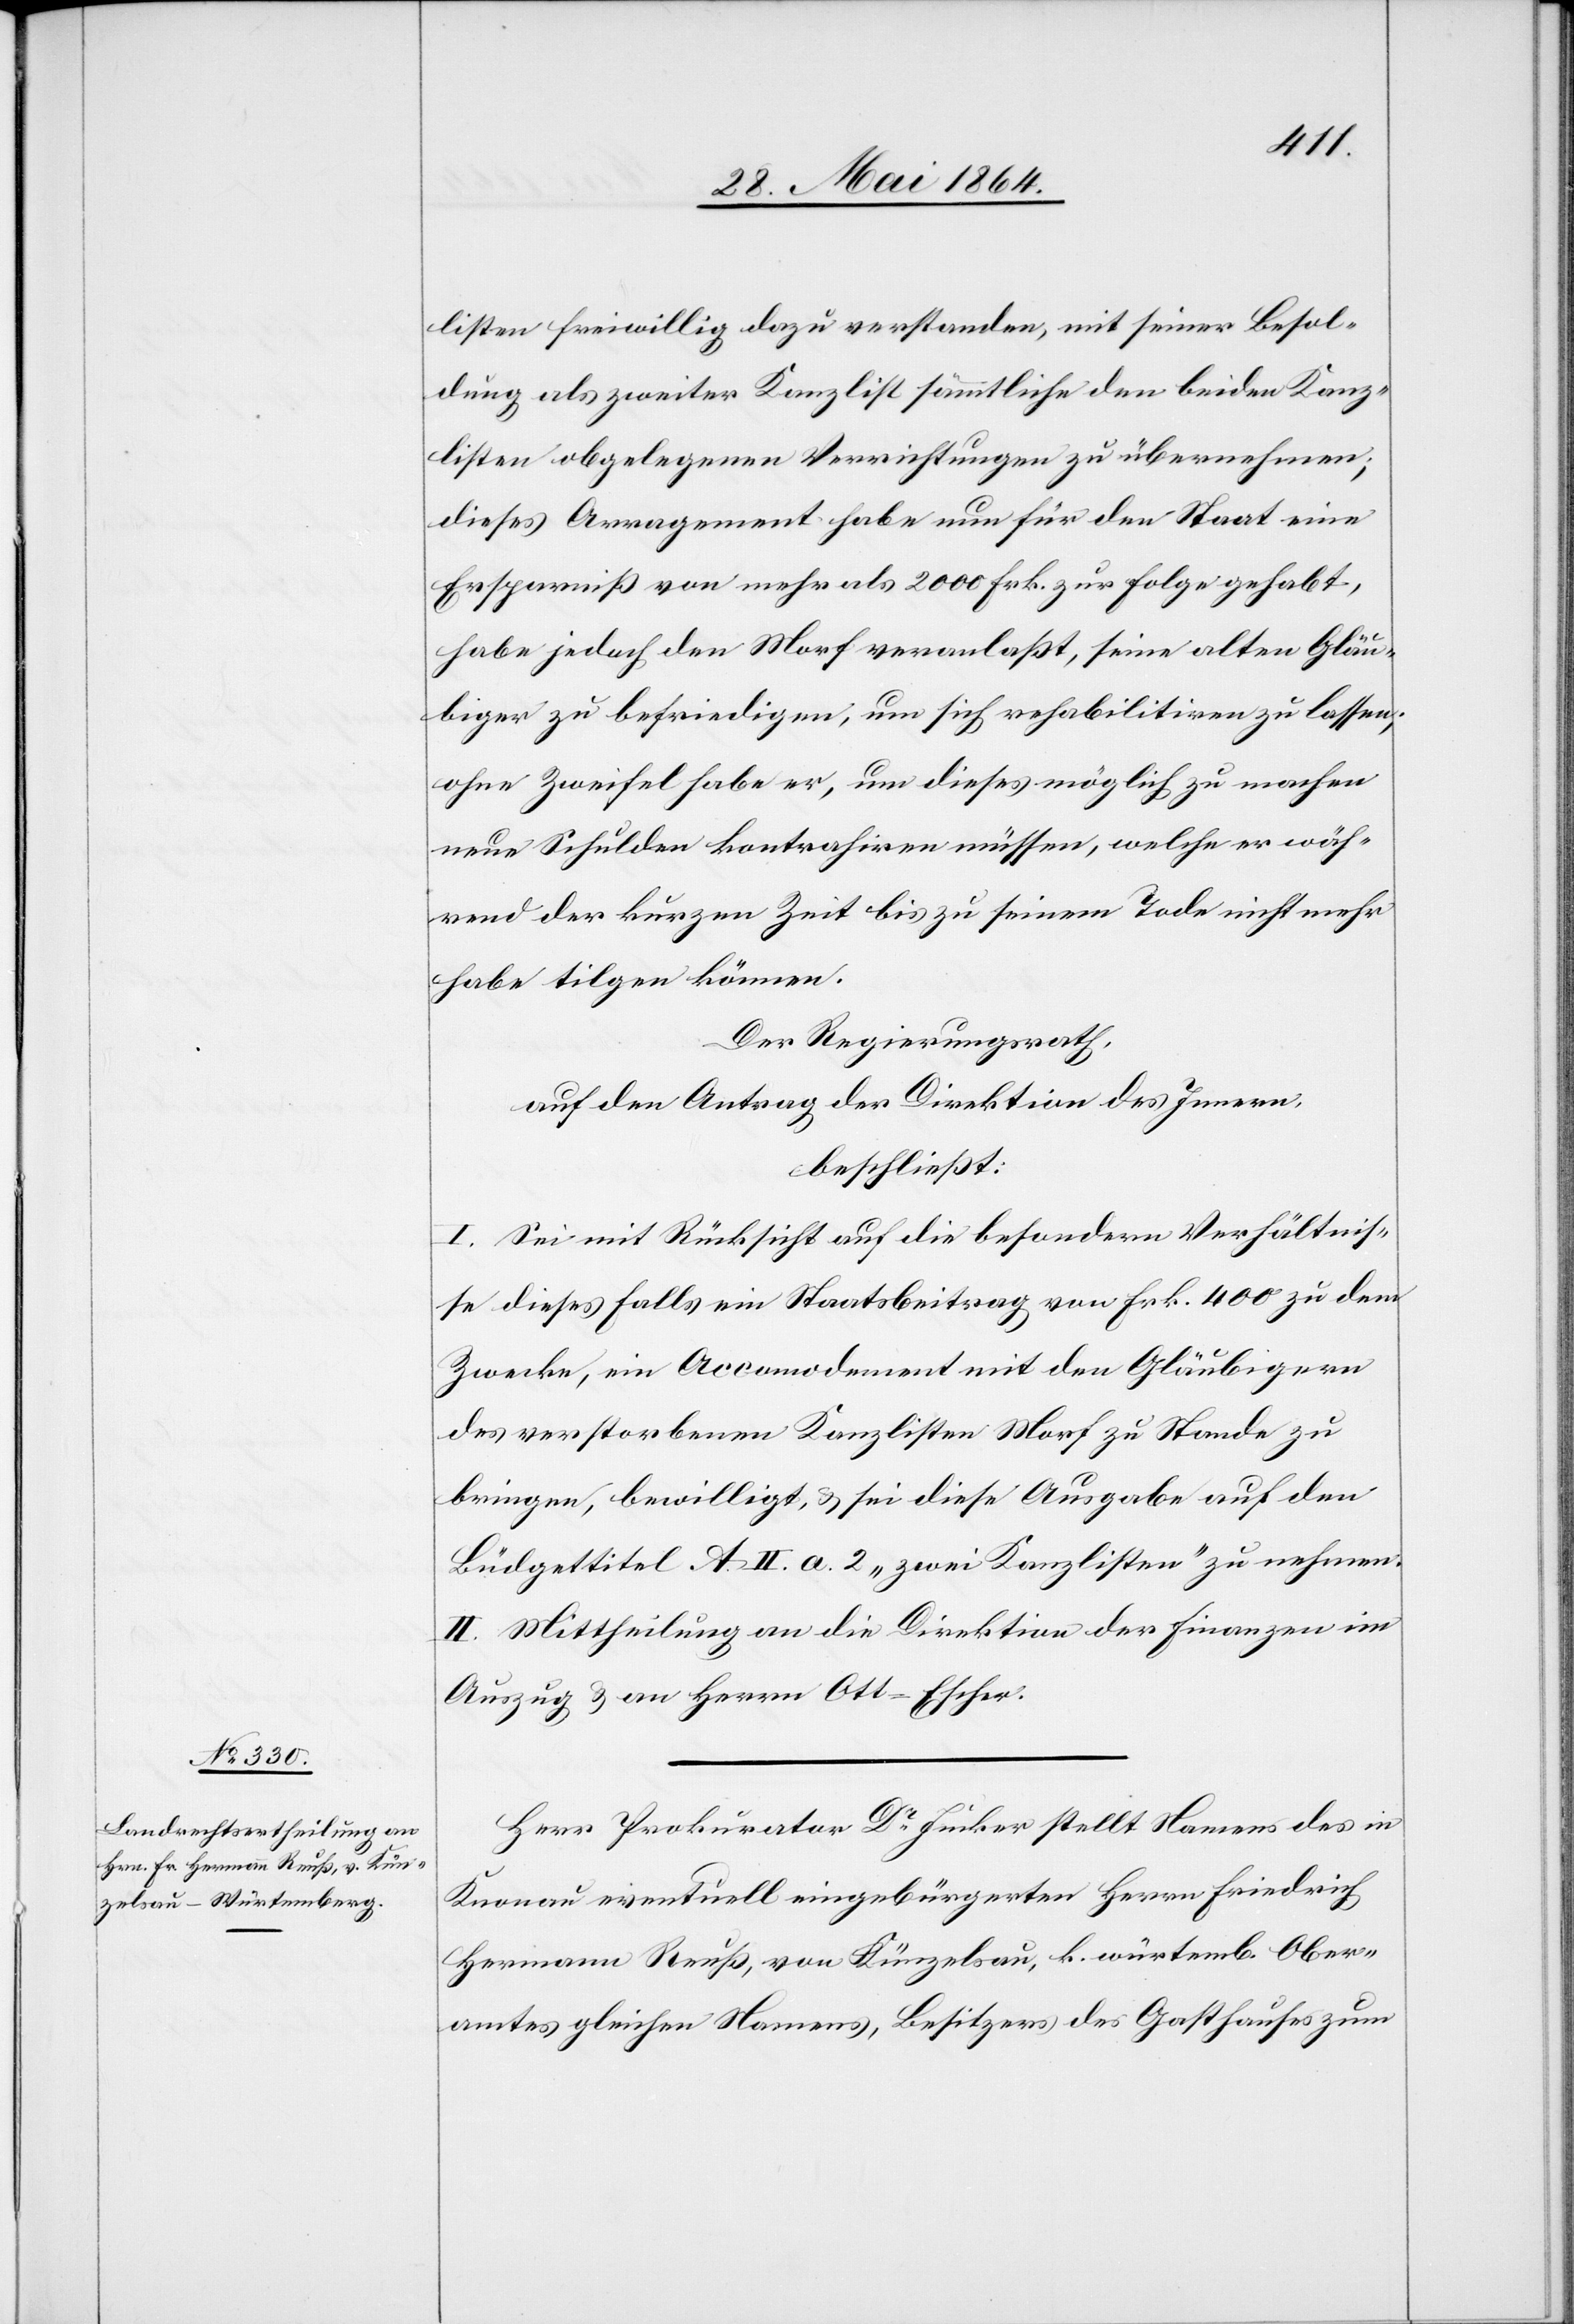
listen freiwillig dazu verstanden, mit seiner Besol¬
dung als zweiter Kanzlist sämmtliche den beiden Kanz¬
listen obgelegenen Verrichtungen zu übernehmen;
dieses Arrangement habe nun für den Staate eine
Ersparniß von mehr als 2000 Frk. zur Folge gehabt,
habe jedoch den Morf veranlaßt, seine alten Gläu¬
biger zu befriedigen, um sich rehabilitiren zu lassen;
ohne Zweifel habe er, um dieses möglich zu machen
neue Schulden kontrahiren müssen, welche er wäh¬
rend der kurzen Zeit bis zu seinem Tode nicht mehr
habe tilgen können.
Der Regierungsrath,
auf den Antrag der Direktion des Innern,
beschließt:
I. Sei mit Rücksicht auf die besondern Verhältnis¬
se dieses Falls ein Staatsbeitrag von Frk. 4000 zu dem
Zwecke, ein Accomodement mit den Gläubigern
des verstorbenen Kanzlisten Morf zu Stande zu
bringen, bewilligt, u. sei diese Ausgabe auf den
Büdgettitel A. II. a. 2 „zwei Kanzlisten“ zu nehmen.
II. Mittheilung an die Direktion der Finanzen im
Auszug u. an Herrn Ott-Escher.
Herr Prokurator Dr Junker stellt Namens des in
Knonau eventuell eingebürgerten Herrn Friedrich
Hermann Reuß, von Künzelsau, k. würtemb. Ober¬
amtes gleichen Namens, Besitzers des Gasthauses zum